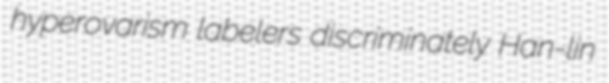
hyperovarism labelers discriminately Han-lin